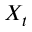
X _ { t }